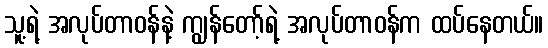
သူ့ရဲ့ အလုပ်တာဝန်နဲ့ ကျွန်တော့်ရဲ့ အလုပ်တာဝန်က ထပ်နေတယ်။